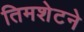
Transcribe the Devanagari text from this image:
तिमशेटने